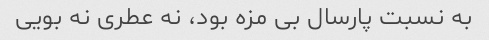
به نسبت پارسال بی مزه بود، نه عطری نه بویی